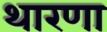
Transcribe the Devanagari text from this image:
थारणा